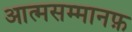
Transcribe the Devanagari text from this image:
आत्मसम्मानफ़